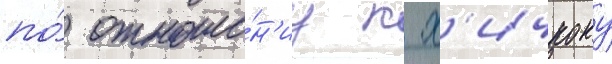
по́ отноше́н'иу к х'ичкоку